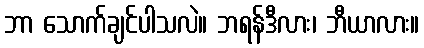
ဘာ သောက်ချင်ပါသလဲ။ ဘရန်ဒီလား၊ ဘီယာလား။